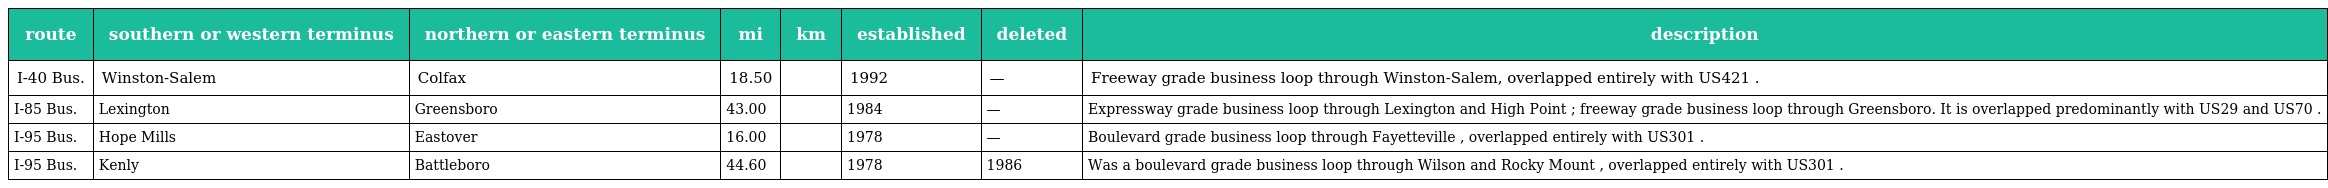
| route | southern or western terminus | northern or eastern terminus | mi | km | established | deleted | description |
 | --- | --- | --- | --- | --- | --- | --- | --- |
 | I-40 Bus. | Winston-Salem | Colfax | 18.50 |  | 1992 | — | Freeway grade business loop through Winston-Salem, overlapped entirely with US421 . |
 | I-85 Bus. | Lexington | Greensboro | 43.00 |  | 1984 | — | Expressway grade business loop through Lexington and High Point ; freeway grade business loop through Greensboro. It is overlapped predominantly with US29 and US70 . |
 | I-95 Bus. | Hope Mills | Eastover | 16.00 |  | 1978 | — | Boulevard grade business loop through Fayetteville , overlapped entirely with US301 . |
 | I-95 Bus. | Kenly | Battleboro | 44.60 |  | 1978 | 1986 | Was a boulevard grade business loop through Wilson and Rocky Mount , overlapped entirely with US301 . |